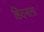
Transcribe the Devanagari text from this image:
हिंदनला